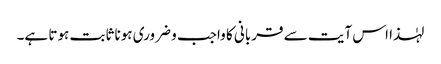
لہٰذا اس آیت سے قربانی کا واجب و ضروری ہونا ثابت ہوتا ہے۔